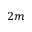
2 m